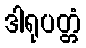
ဒါရုပတ္တံ